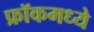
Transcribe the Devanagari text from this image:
फ्रॉकमध्ये